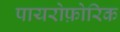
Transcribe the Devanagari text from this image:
पायरोफ़ोरिक